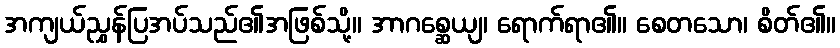
အကျယ်ညွှန်ပြအပ်သည်၏အဖြစ်သို့။ အာဂစ္ဆေယျ၊ ရောက်ရာ၏။ စေတသော၊ စိတ်၏။